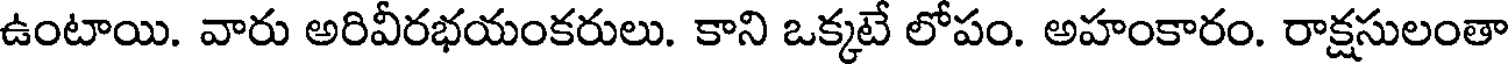
ఉంటాయి. వారు అరివీరభయంకరులు. కాని ఒక్కటే లోపం. అహంకారం. రాక్షసులంతా